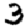
Digit: 3